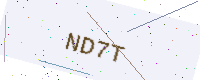
Text: ND7T